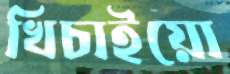
খিচাইয়ো